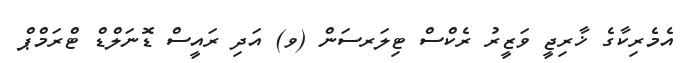
އެމެރިކާގެ ޚާރިޖީ ވަޒީރު ރެކްސް ޓިލަރސަން (ވ) އަދި ރައީސް ޑޮނަލްޑް ޓްރަމްޕް